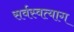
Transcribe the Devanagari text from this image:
सर्वस्वत्याग